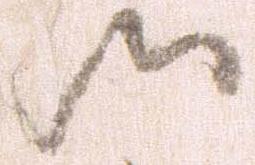
御